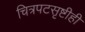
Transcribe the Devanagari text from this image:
चित्रपटसृष्टीही